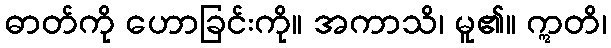
ဓာတ်ကို ဟောခြင်းကို။ အကာသိ၊ မူ၏။ ဣတိ၊